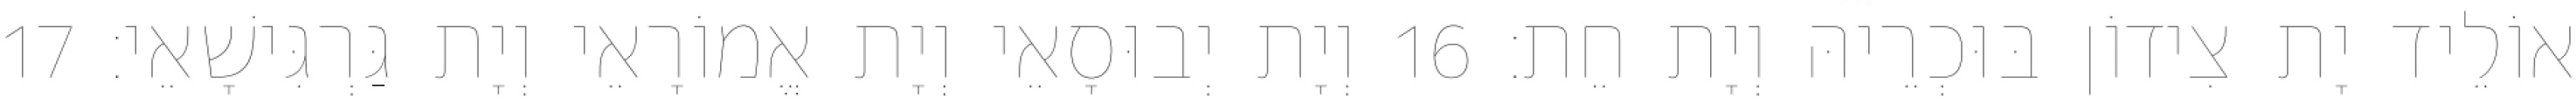
אוֹלֵיד יָת צִידוֹן בּוּכְרֵיהּ וְיָת חֵת׃ 16 וְיָת יְבוּסָאֵי וְיָת אֱמוֹרָאֵי וְיָת גַּרְגִּישָׁאֵי׃ 17